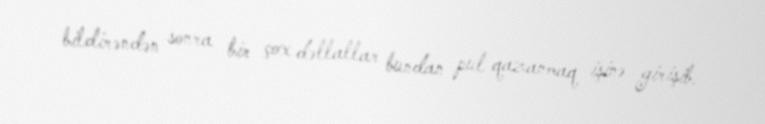
bildirəndən sonra bir çox dəllallar bundan pul qazanmaq işinə girişib.